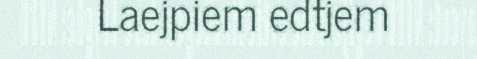
Laejpiem edtjem